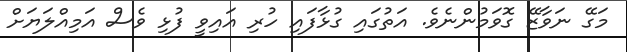
މަގޭ ނަވާޒޭ ގޮވަމުންނެވެ. އަތުގައި ގުޅާފައި ހުރި އައިވީ ފުޅި ވެސް އަމިއްލަޔަށް